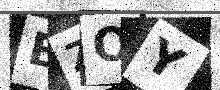
Text: BZOY